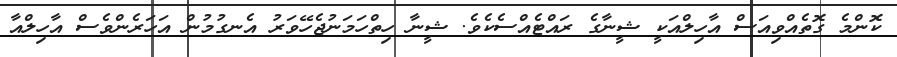
ކޮންމެ ގޮތެއްވިއަސް އާހިލްއަކީ ޝީނާގެ ރައްޓެއްސެކެވެ. ޝީނާ ހިތްހަމަނުޖެހޭވަރު އެނގުމުން އަހަރެންވެސް އާހިލްއާ